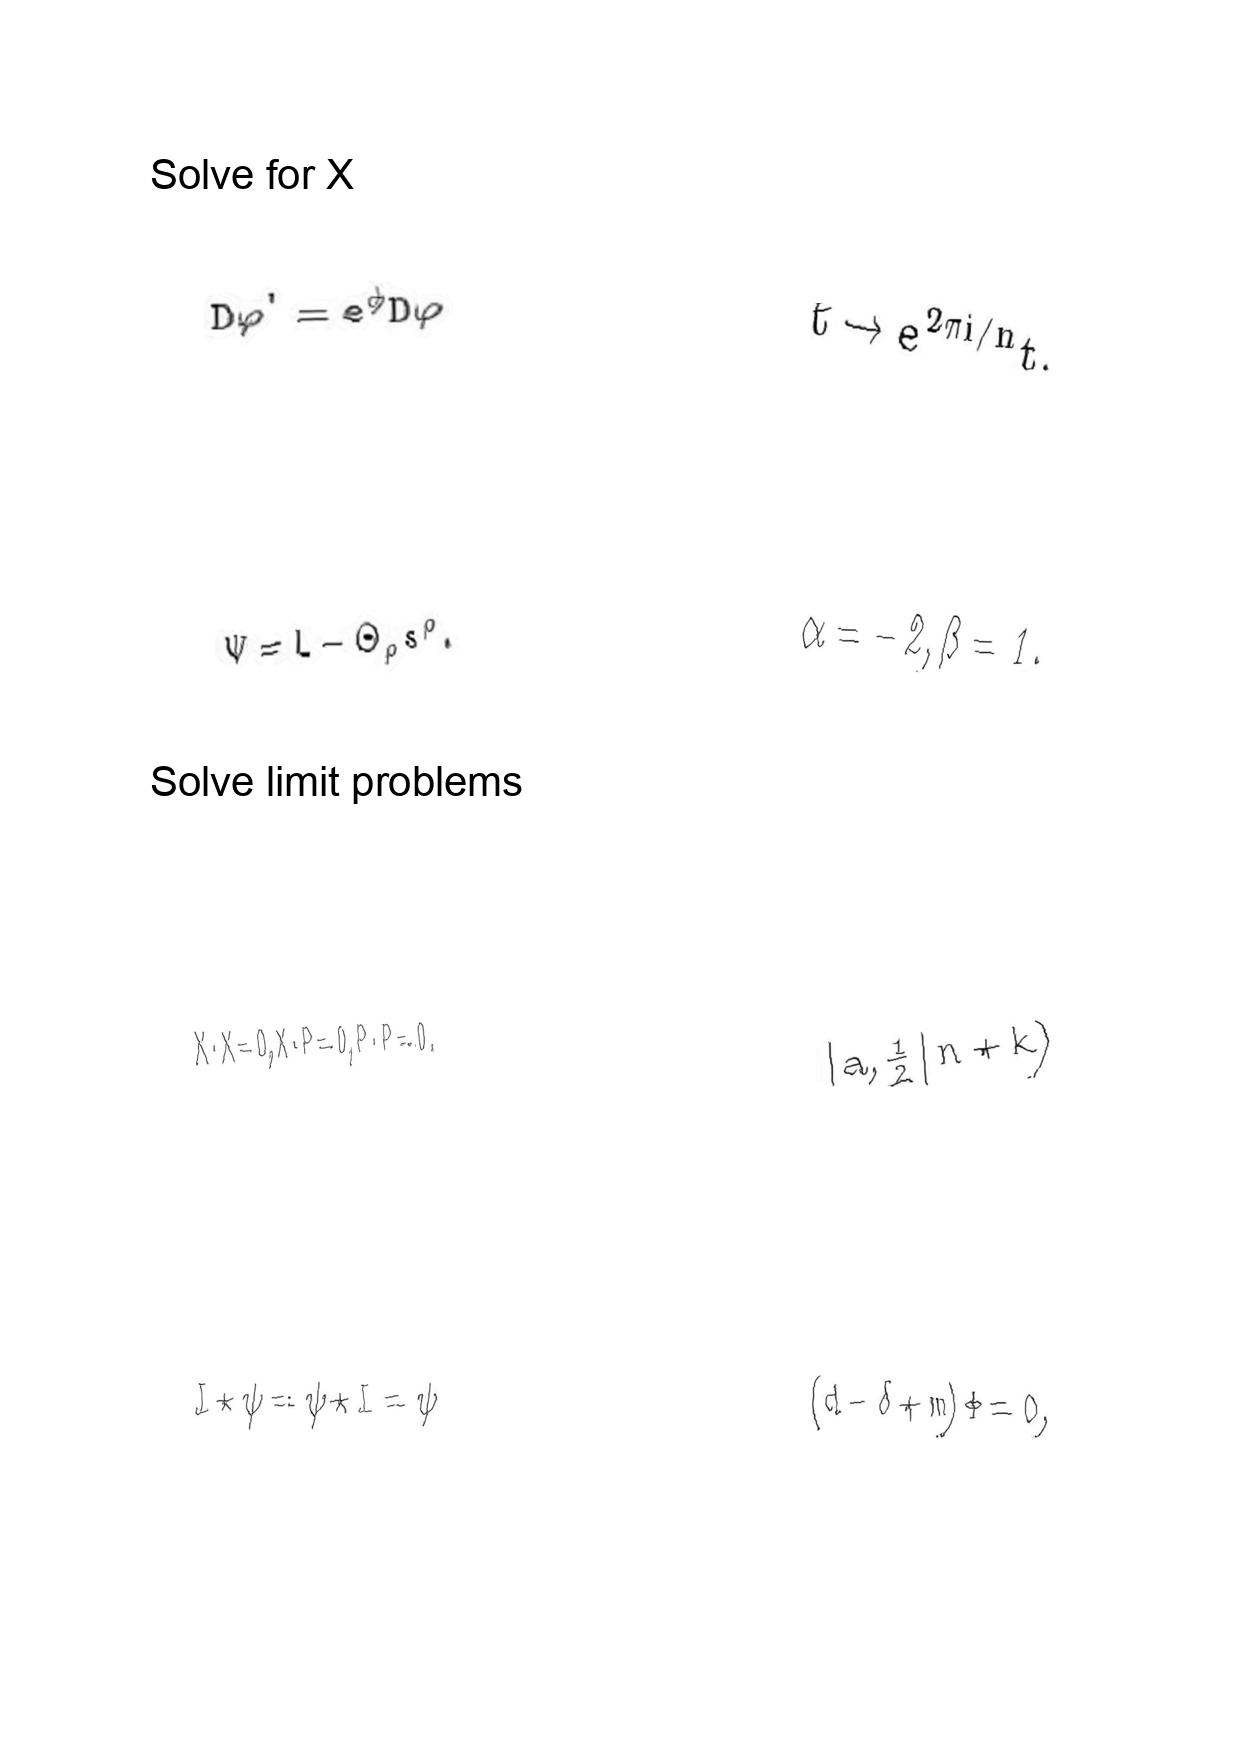
LaTeX transcription:
D \varphi ^ { \prime } = e ^ { \phi } D \varphi
\Psi = L - \Theta _ { \rho } s ^ { \rho } .
X \cdot X = 0 , X \cdot P = 0 , P \cdot P = 0 .
I \star \psi = \psi \star I = \psi
t \rightarrow e ^ { 2 \pi i / n } t .
\alpha = - 2 , \beta = 1 .
\vert  a , \frac { 1 } { 2 } \vert n + k \rangle
\lparen d - \delta + m \rparen \Phi = 0 ,